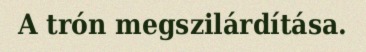
A trón megszilárdítása.